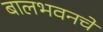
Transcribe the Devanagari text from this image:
बालभवनचे